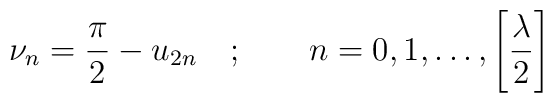
\nu _{n}=\frac{\pi }{2}-u_{2n}\quad ;\qquad n=0,1,\dots ,\left[ \frac{\lambda }{2}\right]